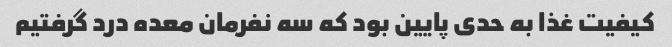
کیفیت غذا به حدی پایین بود که سه نفرمان معده درد گرفتیم